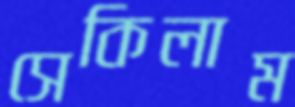
সেকিলাম